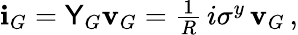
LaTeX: \begin{array}{r}{\mathbf{i}_{G}=\mathsf{Y}_{G}\mathbf{v}_{G}=\frac{1}{R}\, i\sigma^{y}\, \mathbf{v}_{G}\, ,}\end{array}